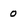
Character: o